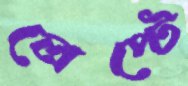
লেপ্টে